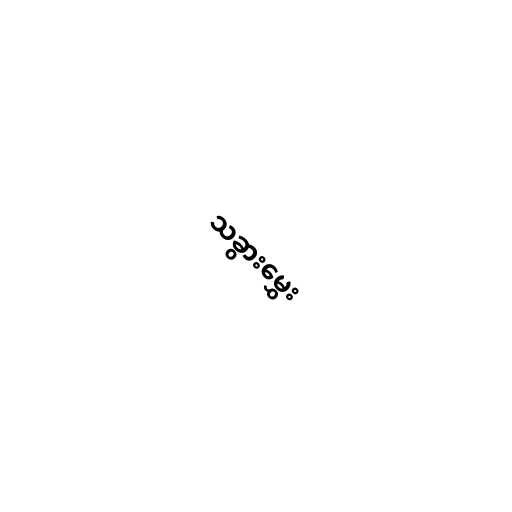
သခွားမွှေး